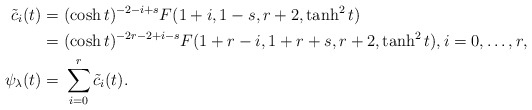
\begin{align*}\tilde{c}_i(t)=&~ (\cosh t)^{-2-i+s}F(1+i, 1-s, r+2, \tanh^2 t) \\=&~(\cosh t)^{-2r-2+i-s}F(1+r-i, 1+r+s, r+2, \tanh^2 t),i=0,\ldots, r,\\ \psi_\lambda(t)=&~\sum^r_{i=0}\tilde{c}_i(t).\end{align*}